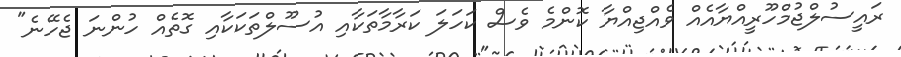
ރައީސުލްޖުމްހޫރީއްޔާއެއް ވެއްޖިއްޔާ ކޮންމެ ވެސް ކަހަލަ ކަރާމާތަކާއި އުސޫލްތަކަކާއި ގޮތެއް ހުންނަ ޖެހޭނެ"